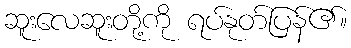
ဆူးလေဆူးတို့ကို ရပ်နုတ်ပြန်၏။